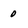
Character: 0